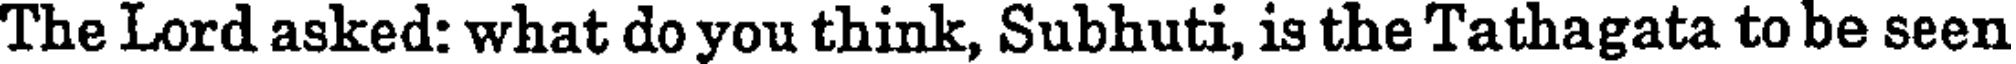
The Lord asked: what do you think, Subhuti, is the Tathagata to be seen